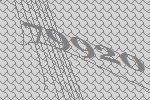
79920